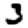
Digit: 3